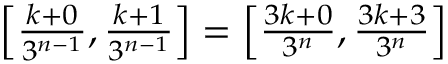
\textstyle \left[ { \frac { k + 0 } { 3 ^ { n - 1 } } } , { \frac { k + 1 } { 3 ^ { n - 1 } } } \right] = \left[ { \frac { 3 k + 0 } { 3 ^ { n } } } , { \frac { 3 k + 3 } { 3 ^ { n } } } \right]